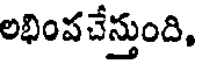
లభింప చేస్తుంది,